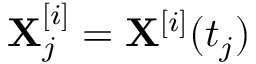
\mathbf { X } _ { j } ^ { [ i ] } = \mathbf { X } ^ { [ i ] } ( t _ { j } )